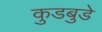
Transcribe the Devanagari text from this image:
कुडबुडे